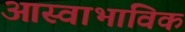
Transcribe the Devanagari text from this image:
आस्वाभाविक